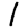
Digit: 1